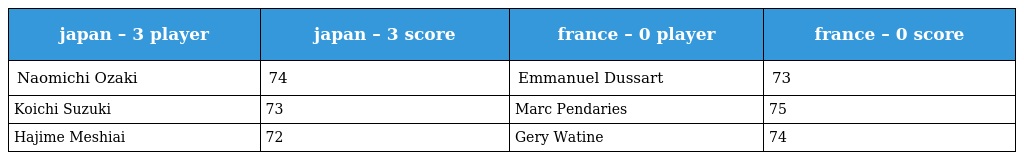
| japan – 3 player | japan – 3 score | france – 0 player | france – 0 score |
 | --- | --- | --- | --- |
 | Naomichi Ozaki | 74 | Emmanuel Dussart | 73 |
 | Koichi Suzuki | 73 | Marc Pendaries | 75 |
 | Hajime Meshiai | 72 | Gery Watine | 74 |